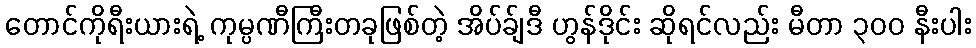
တောင်ကိုရီးယားရဲ့ ကုမ္ပဏီကြီးတခုဖြစ်တဲ့ အိပ်ခ်ျဒီ ဟွန်ဒိုင်း ဆိုရင်လည်း မီတာ ၃၀၀ နီးပါး